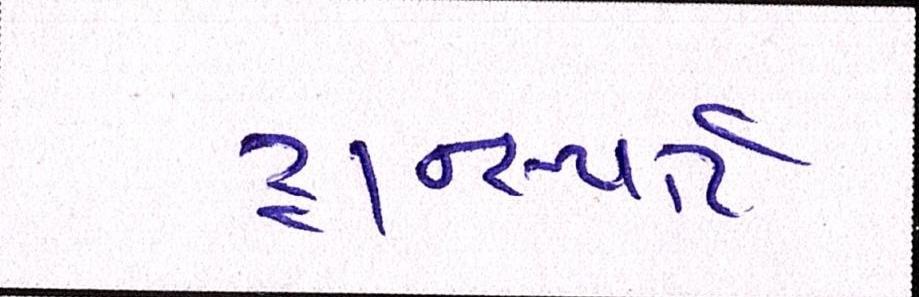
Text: ટ્રાન્સ્પોર્ટ